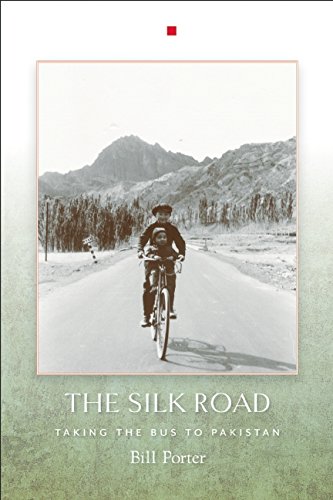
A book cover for The Silk Road: Taking the Bus to Pakistan; Bill Porter; Travel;